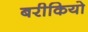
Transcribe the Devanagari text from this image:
बरीकियो